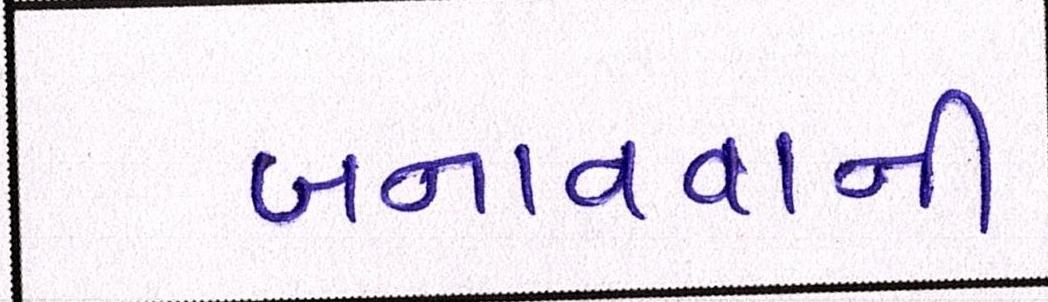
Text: બનાવવાની